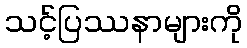
သင့်ပြဿနာများကို